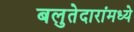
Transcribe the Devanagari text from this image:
बलुतेदारांमध्ये